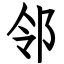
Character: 邻